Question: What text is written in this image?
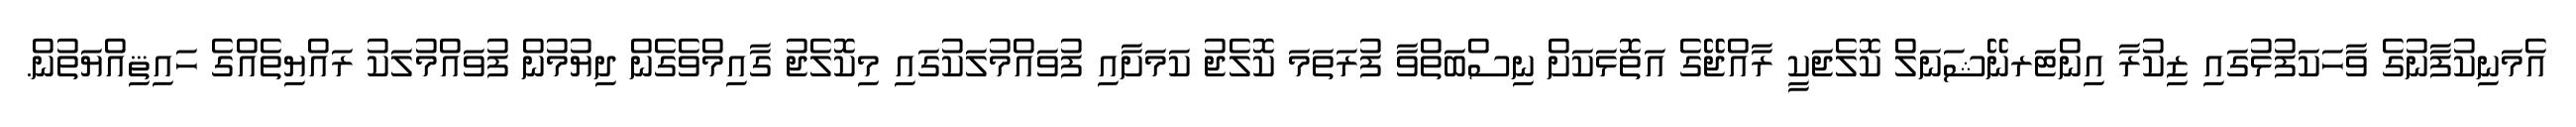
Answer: އެމަނިކުފާނުގެ ވާހަކަފުޅުގައި ޒިކުރާ އިންޓަރނޭޝަނަލް ކޮލެޖަކީ ރާއްޖޭގެ އަތޮޅަކަށް ނިސްބަތްވާ ފުރަތަމަ ކޮލެޖު ކަމަށާއި ފުވައްމުލަކުގައި މިކޮލެޖު ގާއިމްވެގެން ދިޔުމުން ފުވައްމުލަކު ރައްޔިތެއްގެ ހައިޘިއްޔަތުން.